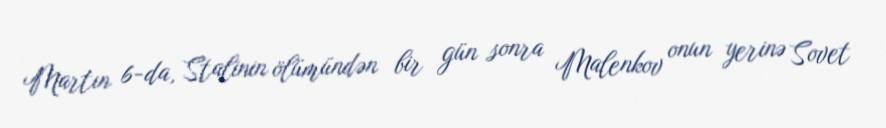
Martın 6-da, Stalinin ölümündən bir gün sonra Malenkov onun yerinə Sovet